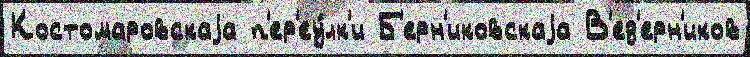
Костомаровскаjа п'ер'еу́лк'и Б'ерн'иковскаjа В'ед'ерн'иков